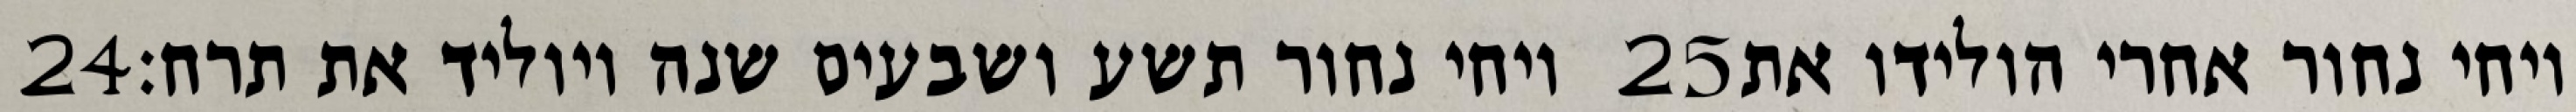
‎24‏ ויחי נחור תשע ושבעים שנה ויוליד את תרח׃ ‎25‏ ויחי נחור אחרי הולידו את